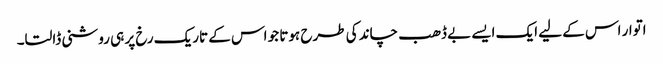
اتوار اس کے لیے ایک ایسے بے ڈھب چاند کی طرح ہوتا جو اس کے تاریک رخ پر ہی روشنی ڈالتا۔